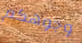
وجوهكم